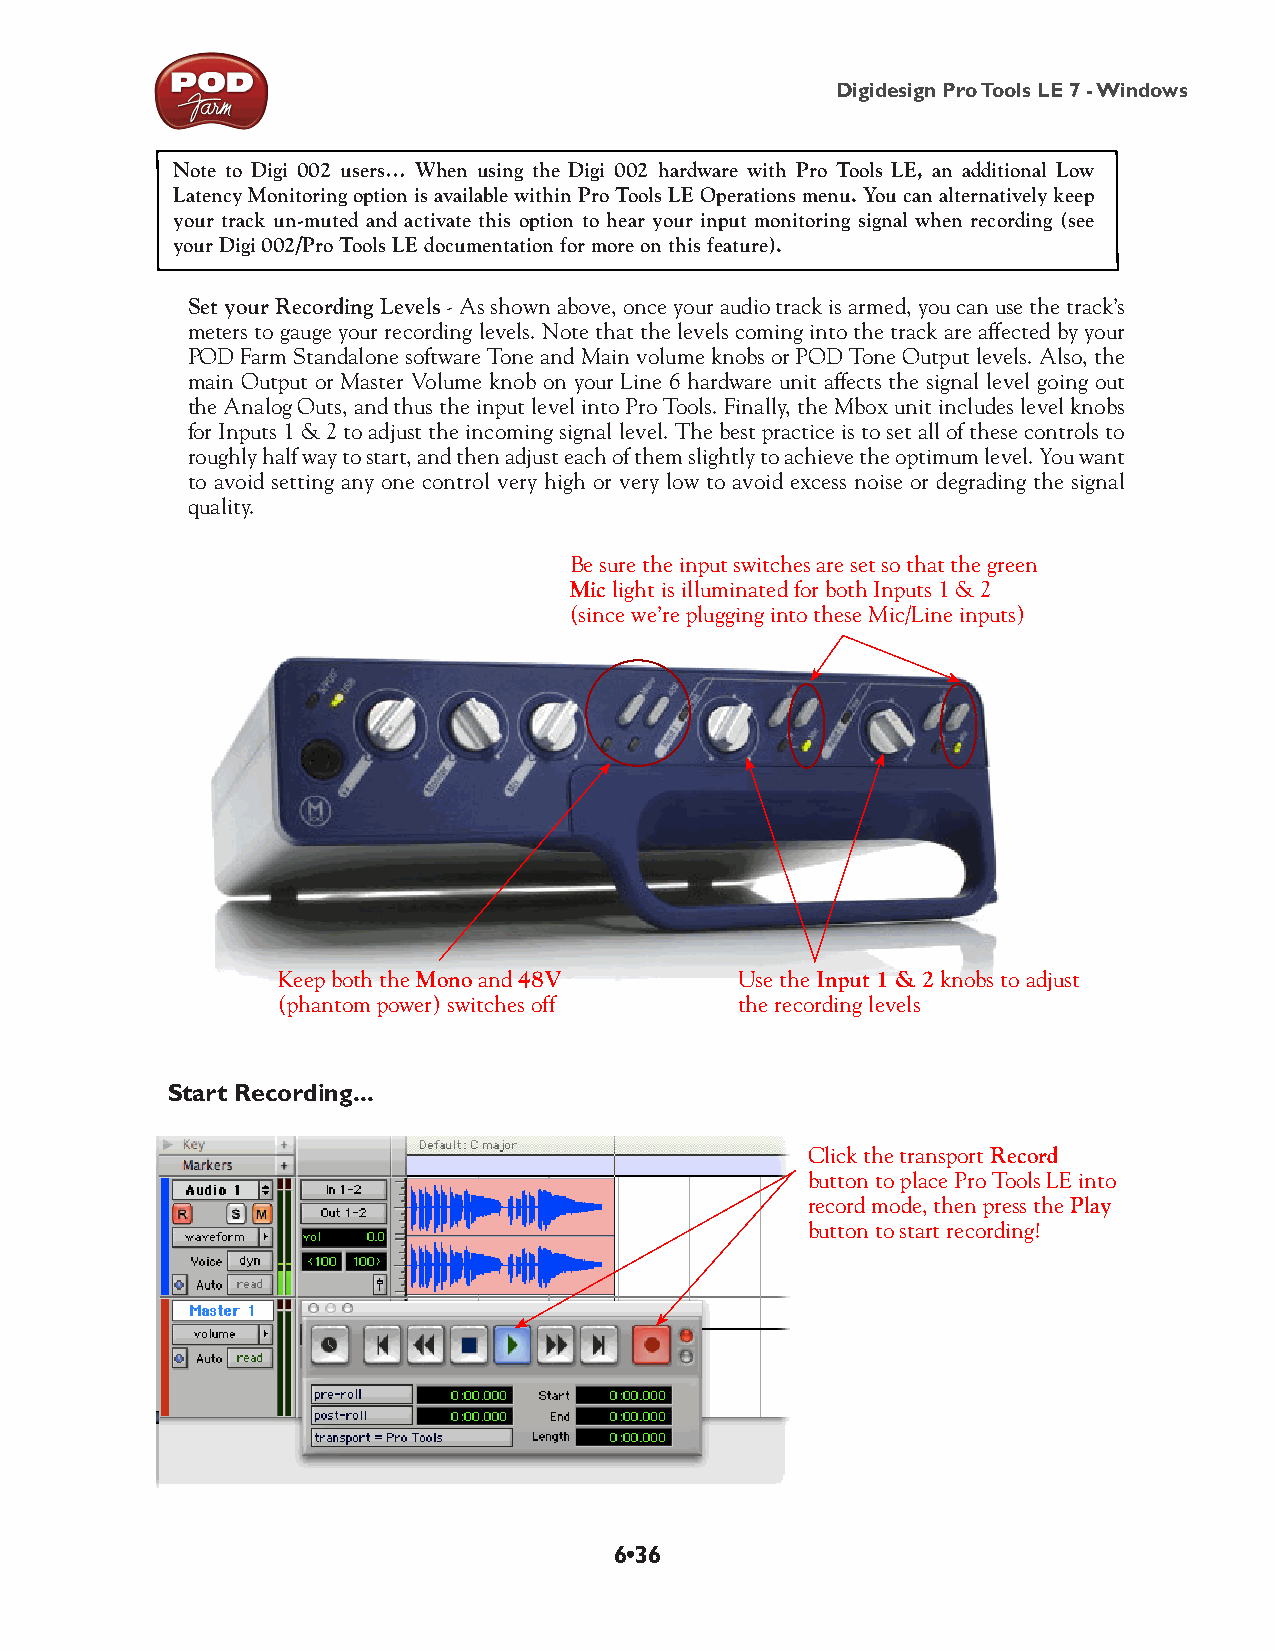
Digidesign Pro Tools LE 7 - Windows
 Note to Digi 002 users… When using the Digi 002 hardware with Pro Tools LE, an additional Low
 Latency Monitoring option is available within Pro Tools LE Operations menu. You can alternatively keep
 your track un-muted and activate this option to hear your input monitoring signal when recording (see
 your Digi 002/Pro Tools LE documentation for more on this feature).
 Set your Recording Levels - As shown above, once your audio track is armed, you can use the track’s
 meters to gauge your recording levels. Note that the levels coming into the track are affected by your
 POD Farm Standalone software Tone and Main volume knobs or POD Tone Output levels. Also, the
 main Output or Master Volume knob on your Line 6 hardware unit affects the signal level going out
 the Analog Outs, and thus the input level into Pro Tools. Finally, the Mbox unit includes level knobs
 for Inputs 1 & 2 to adjust the incoming signal level. The best practice is to set all of these controls to
 roughly half way to start, and then adjust each of them slightly to achieve the optimum level. You want
 to avoid setting any one control very high or very low to avoid excess noise or degrading the signal
 quality.
 Be sure the input switches are set so that the green
 Mic light is illuminated for both Inputs 1 & 2
 (since we’re plugging into these Mic/Line inputs)
 Keep both the Mono and 48V     Use the Input 1 & 2 knobs to adjust
 (phantom power) switches off   the recording levels
 Start Recording...
 Click the transport Record
 button to place Pro Tools LE into
 record mode, then press the Play
 button to start recording!
 6•36